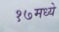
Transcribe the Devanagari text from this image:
१७मध्ये